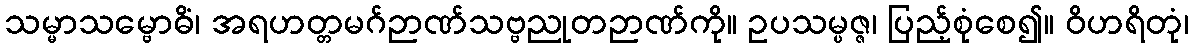
သမ္မာသမ္ဗောဓိံ၊ အရဟတ္တမဂ်ဉာဏ်သဗ္ဗညုတဉာဏ်ကို။ ဥပသမ္ပဇ္ဇ၊ ပြည့်စုံစေ၍။ ဝိဟရိတုံ၊